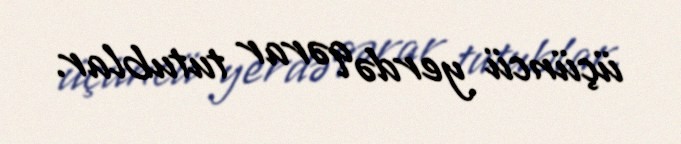
üçüncü yerdə qərar tutublar.